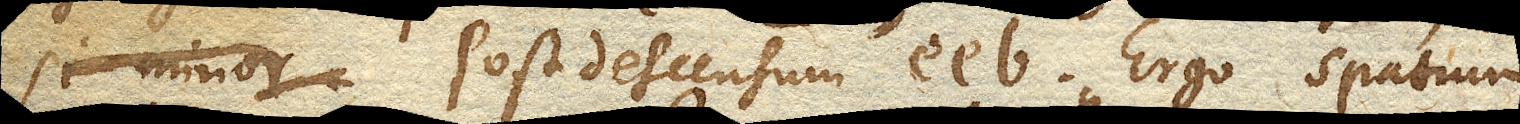
si minor post descensum ee b. Ergo spatium